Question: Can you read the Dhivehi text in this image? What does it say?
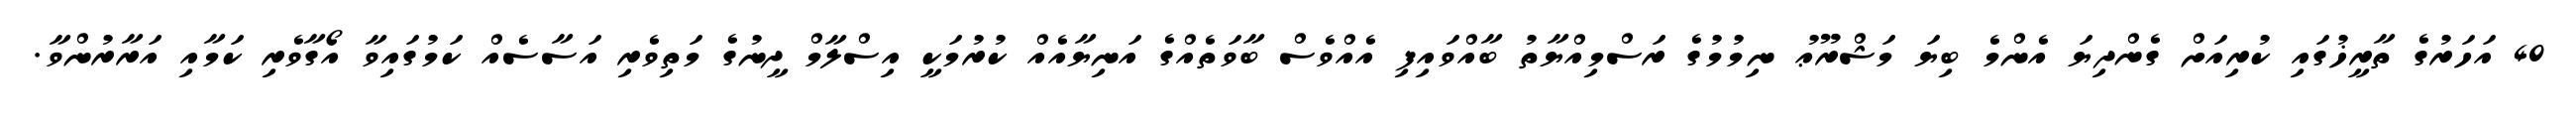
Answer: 40 އަހަރުގެ ތާރީޚުގައި ކުރިއަށް ގެންދިޔަ އެންމެ ބިޔަ މަޝްރޫޢު ނިމުމުގެ ރަސްމިއްޔާތު ބާއްވައިފި އެއްވެސް ބާވަތެއްގެ އަނިޔާއެއް ކުރުމަކީ އިސްލާމް ދީނުގެ މަތިވެރި އަސާސެއް ކަމުގައިވާ އޯގާވެރި ކަމާއި އަރާރުންވާ.